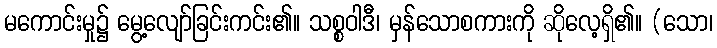
မကောင်းမှု၌ မွေ့လျော်ခြင်းကင်း၏။ သစ္စဝါဒီ၊ မှန်သောစကားကို ဆိုလေ့ရှိ၏။ (သော၊